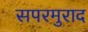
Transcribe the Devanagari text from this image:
सपरमुराद